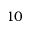
1 0